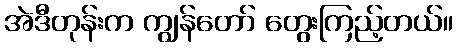
အဲဒီတုန်းက ကျွန်တော် တွေးကြည့်တယ်။